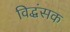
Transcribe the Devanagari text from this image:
विद्धंसक